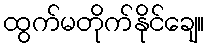
ထွက်မတိုက်နိုင်ချေ။